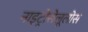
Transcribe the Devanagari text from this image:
नाइट्रोसेलूलोस